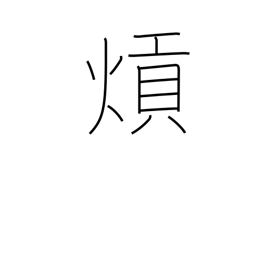
Meaning: (kokuji)